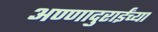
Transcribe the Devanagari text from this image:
अण्णादुराईंच्या